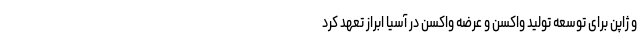
و ژاپن برای توسعه تولید واکسن و عرضه واکسن در آسیا ابراز تعهد کرد